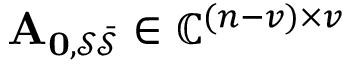
\mathbf { A _ { 0 , \mathcal { S } \mathcal { \bar { S } } } } \in \mathbb { C } ^ { ( n - v ) \times v }